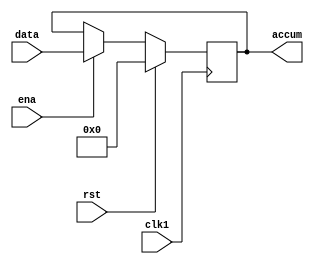
module accum(accum,data,ena,clk1,rst);
output [7:0] accum;
input [7:0] data;
input ena,clk1,rst ;
reg [7:0] accum;
always @(posedge clk1)
if(rst)
	 accum <=8'b0;
else  if (ena)                     //LOAD_ACC
	 accum <=data;
endmodule